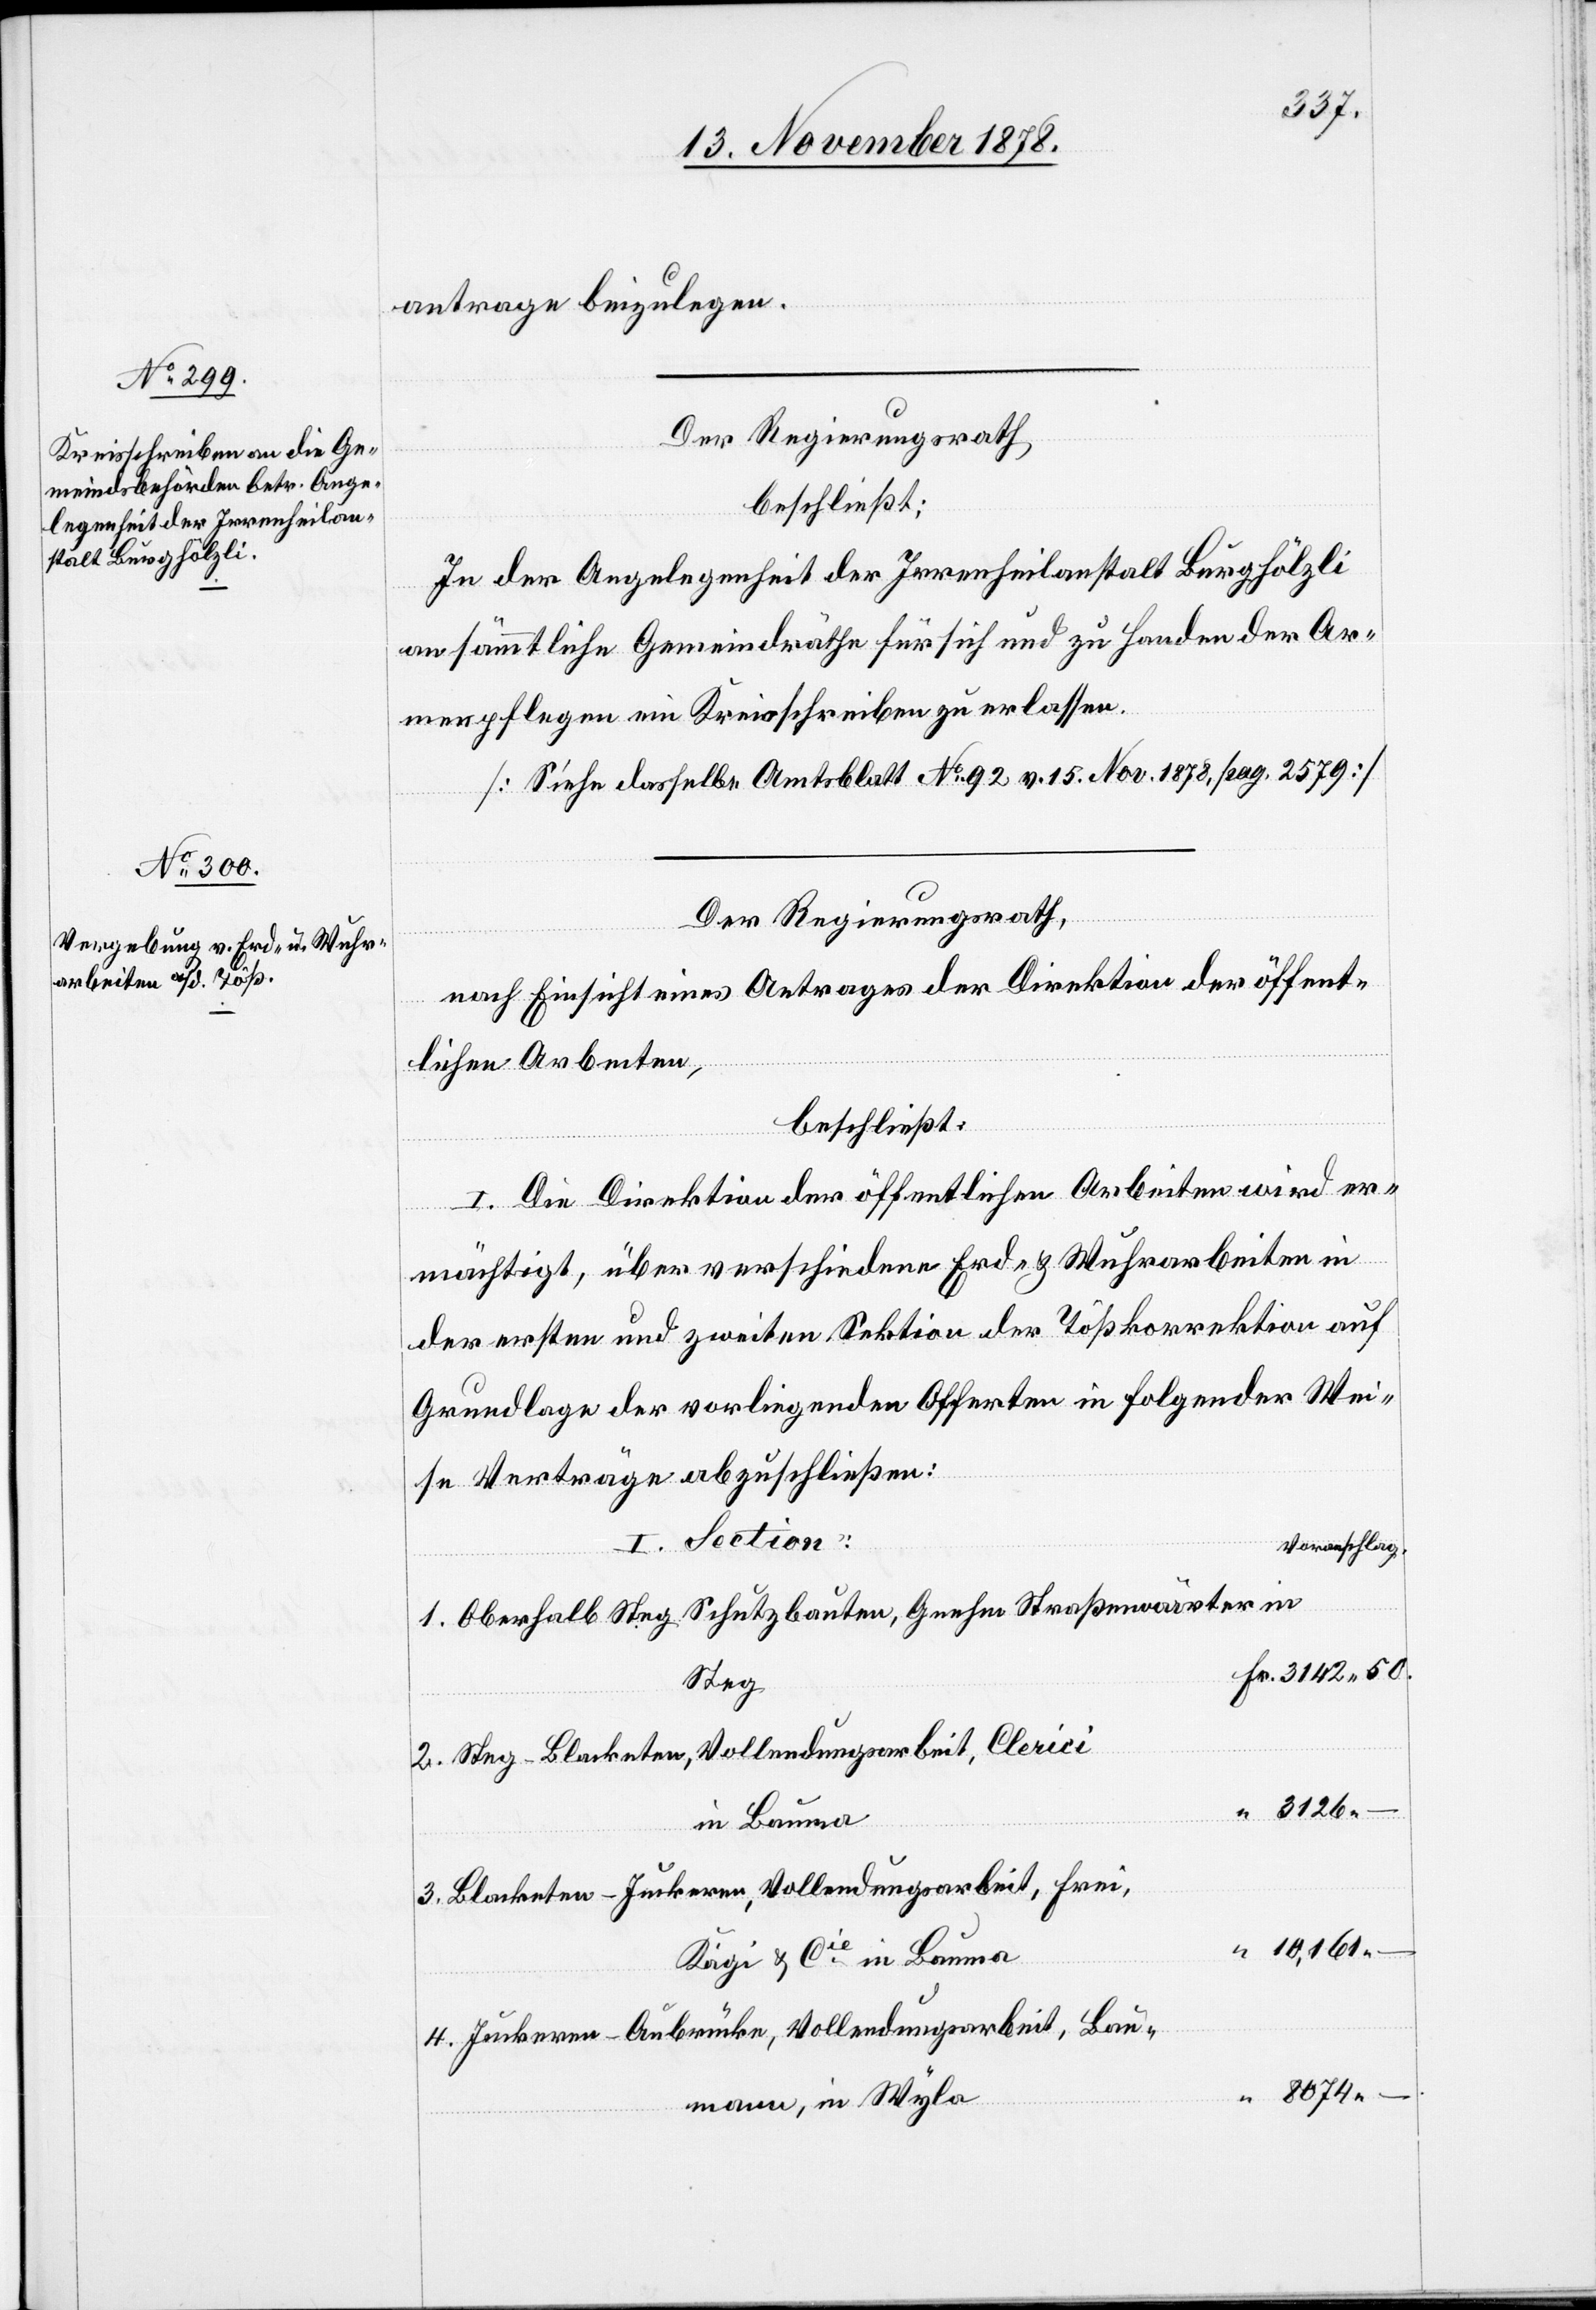
antrage beizulegen.
Der Regierungsrath
beschließt:
In der Angelegenheit der Irrenheilanstalt Burghölzli
an sämmtliche Gemeindräthe für sich und zu Handen der Ar¬
menpflegen ein Kreisschreiben zu erlassen.
[Siehe dasselbe Amtsblatt No 92 v. 15. Nov. 1878, pag. 2579]
Der Regierungsrath,
nach Einsicht eines Antrages der Direktion der öffent¬
lichen Arbeiten,
beschließt:
I. Die Direktion der öffentlichen Arbeiten wird er¬
mächtigt, über verschiedene Erd- & Wuhrarbeiten in
der ersten und zweiten Sektion der Tößkorrektion auf
Grundlage der vorliegenden Offerten in folgender Wei¬
se Verträge abzuschließen:
I. Section:
Voranschlag.
1. Oberhalb Steg, Schutzbauten, Gnehm Straßenwärter in
Steg
2. Steg–Blacketen, Vollendungsarbeit, Clerici
in Bauma
3. Blacketen–Juckeren, Vollendungsarbeit, Frei,
10,161. –
Kägi & Cie in Bauma
4. Juckeren–Aubrücke, Vollendungsarbeit, Bau¬
mann, in Wyla